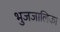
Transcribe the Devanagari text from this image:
भुजजालिका